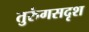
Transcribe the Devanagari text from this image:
तुरुंगसदृश